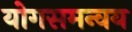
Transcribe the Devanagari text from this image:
योगसमन्वय